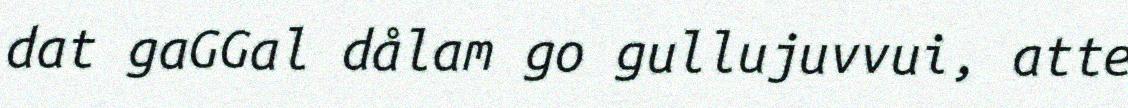
dat gaGGal dålam go gullujuvvui, atte